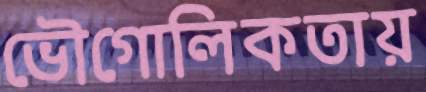
ভৌগোলিকতায়